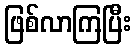
ဖြစ်လာကြပြီး